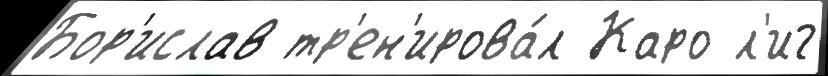
Бор'ислав тр'ен'ирова́л Каро л'иг